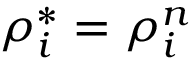
\rho _ { i } ^ { * } = \rho _ { i } ^ { n }